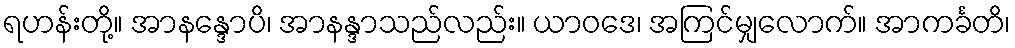
ရဟန်းတို့။ အာနန္ဒောပိ၊ အာနန္ဒာသည်လည်း။ ယာဝဒေ၊ အကြင်မျှလောက်။ အာကင်္ခတိ၊